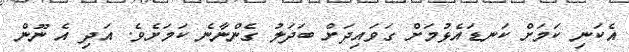
އެކަނި ކަމަށް ކަނޑައެޅުމަށް ގަވައިދަށް ބަދަލު ގެންނާނެ ކަމަށެވެ. އަދި އެ ނޫން